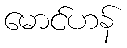
မောင်ဟန်